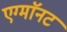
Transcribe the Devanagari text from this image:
एग्माॅनट